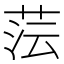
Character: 𮶤